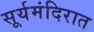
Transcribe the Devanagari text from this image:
सूर्यमंदिरात